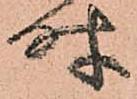
時